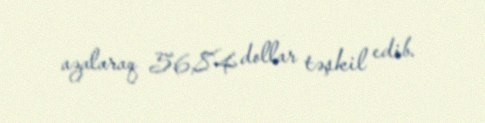
azalaraq 56,84 dollar təşkil edib.